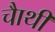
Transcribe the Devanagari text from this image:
चाैथी